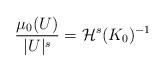
LaTeX: \begin{align*}\frac{\mu_0(U)}{|U|^s}=\mathcal{H}^s(K_0)^{-1}\end{align*}